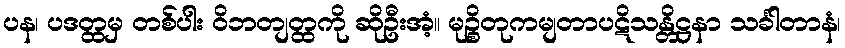
ပန၊ ပဒတ္ထမှ တစ်ပါး ဝိဘတျတ္ထကို ဆိုဦးအံ့။ မုဉ္စိတုကမျတာပဋိသန္တိဋ္ဌနာ သင်္ခါတာနံ၊